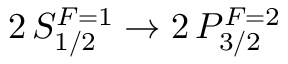
2 \, S _ { 1 / 2 } ^ { F = 1 } \rightarrow 2 \, P _ { 3 / 2 } ^ { F = 2 }